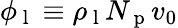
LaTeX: \phi_{\mathrm{~l~}}\equiv\rho_{\mathrm{~l~}}N_{\mathrm{~p~}}v_{0}